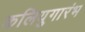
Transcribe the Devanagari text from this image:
कलियुगारंभ